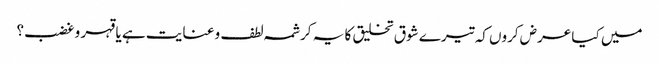
میں کیا عرض کروں کہ تیرے شوق تخلیق کا یہ کرشمہ لطف و عنایت ہے یا قہر و غضب؟